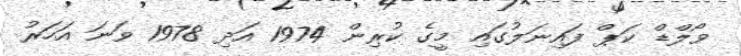
ވޯލްޑް ކަޕް ފައިނަލުގައި މީގެ ކުރިން 1974 އަދި 1978 ވަނަ އަހަރު